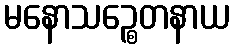
မနောသဉ္စေတနာယ